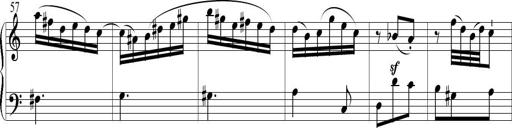
Title: 6 Leichte Sonatinen, Teil 1
Composer: F. Sigismund Sander